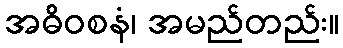
အဓိဝစနံ၊ အမည်တည်း။